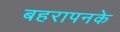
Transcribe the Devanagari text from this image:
बहरापनके